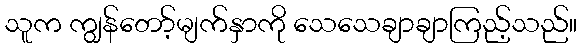
သူက ကျွန်တော့်မျက်နှာကို သေသေချာချာကြည့်သည်။